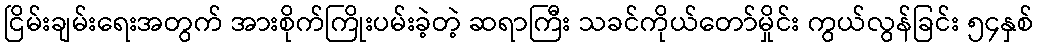
ငြိမ်းချမ်းရေးအတွက် အားစိုက်ကြိုးပမ်းခဲ့တဲ့ ဆရာကြီး သခင်ကိုယ်တော်မှိုင်း ကွယ်လွန်ခြင်း ၅၄နှစ်